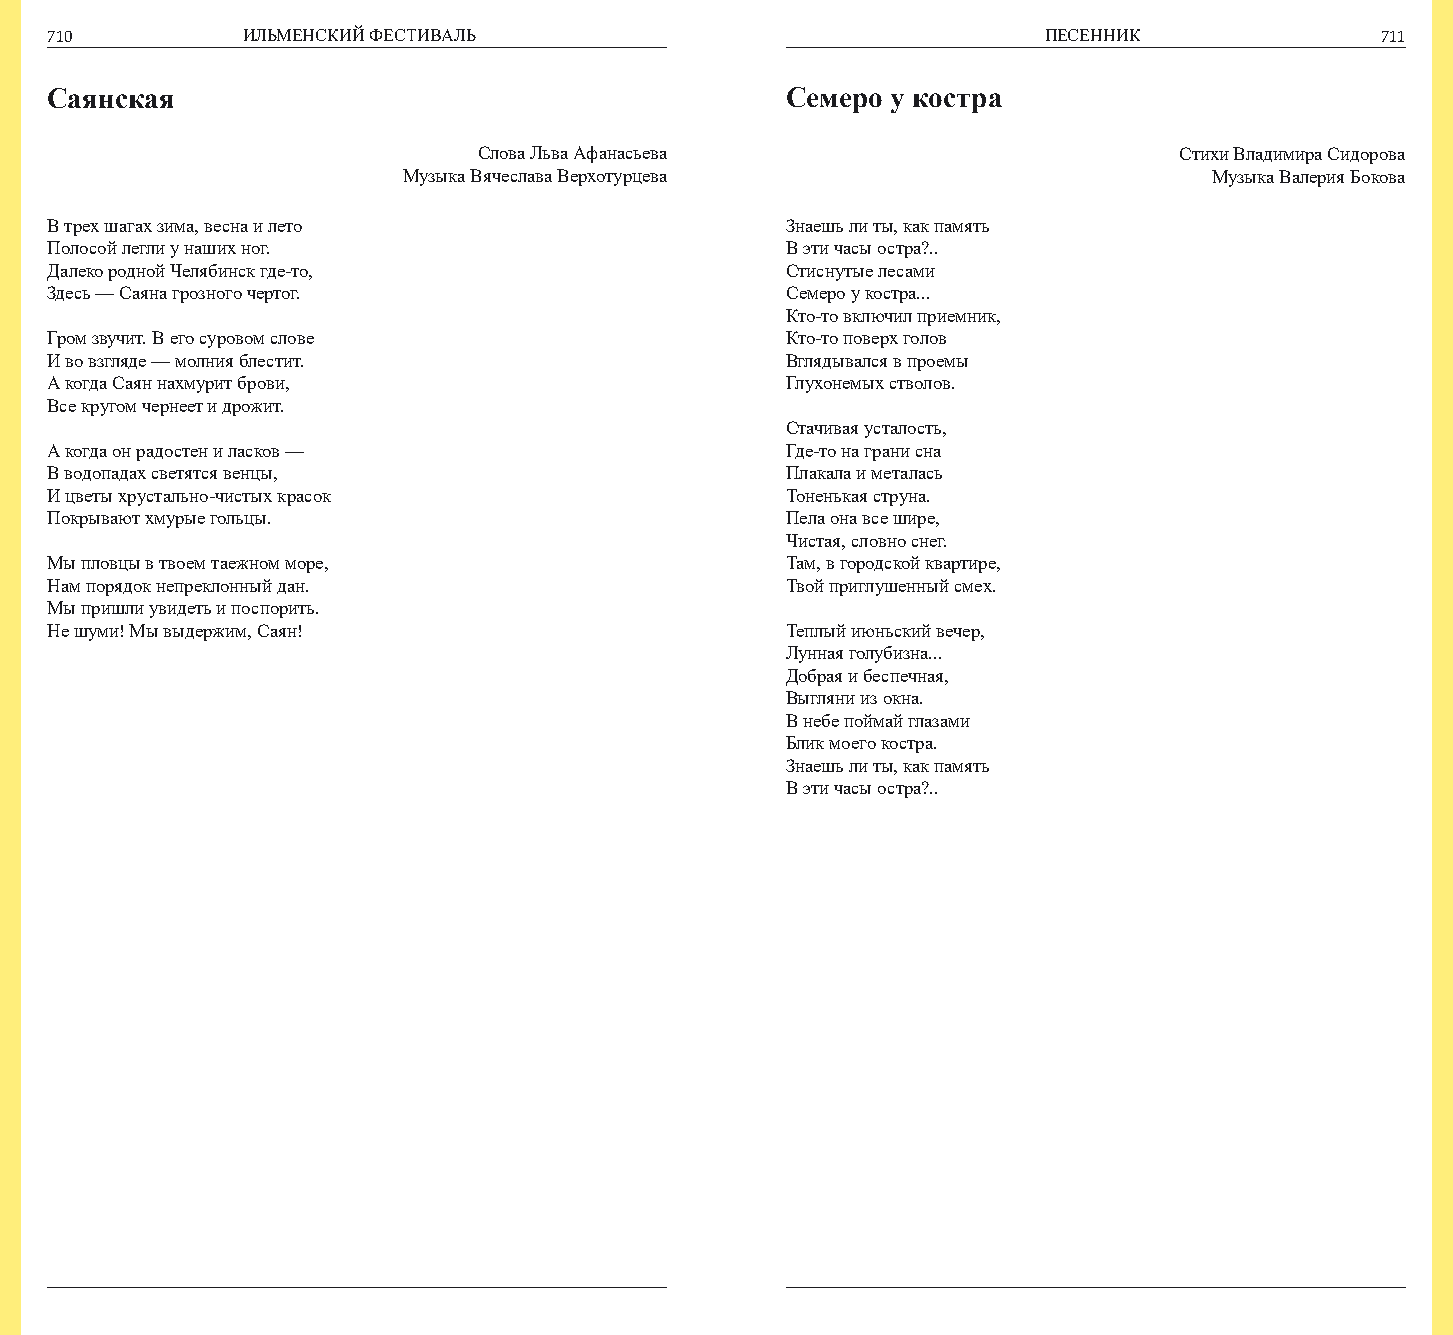
710          ИЛЬМЕНСКИЙ ФЕСТИВАЛЬ                                 ПЕСЕННИК              711
 Саянская                                         Семеро у костра
 Слова Льва Афанасьева                         Стихи Владимира Сидорова
 Музыка Вячеслава Верхотурцева                        Музыка Валерия Бокова
 В трех шагах зима, весна и лето                  Знаешь ли ты, как память
 Полосой легли у наших ног.                       В эти часы остра?..
 Далеко родной Челябинск где-то,                  Стиснутые лесами
 Здесь — Саяна грозного чертог.                   Семеро у костра...
 Кто-то включил приемник,
 Гром звучит. В его суровом слове                 Кто-то поверх голов
 И во взгляде — молния блестит.                   Вглядывался в проемы
 А когда Саян нахмурит брови,                     Глухонемых стволов.
 Все кругом чернеет и дрожит.
 Стачивая усталость,
 А когда он радостен и ласков —                   Где-то на грани сна
 В водопадах светятся венцы,                      Плакала и металась
 И цветы хрустально-чистых красок                 Тоненькая струна.
 Покрывают хмурые гольцы.                         Пела она все шире,
 Чистая, словно снег.
 Мы пловцы в твоем таежном море,                  Там, в городской квартире,
 Нам порядок непреклонный дан.                    Твой приглушенный смех.
 Мы пришли увидеть и поспорить.
 Не шуми! Мы выдержим, Саян!                      Теплый июньский вечер,
 Лунная голубизна...
 Добрая и беспечная,
 Выгляни из окна.
 В небе поймай глазами
 Блик моего костра.
 Знаешь ли ты, как память
 В эти часы остра?..